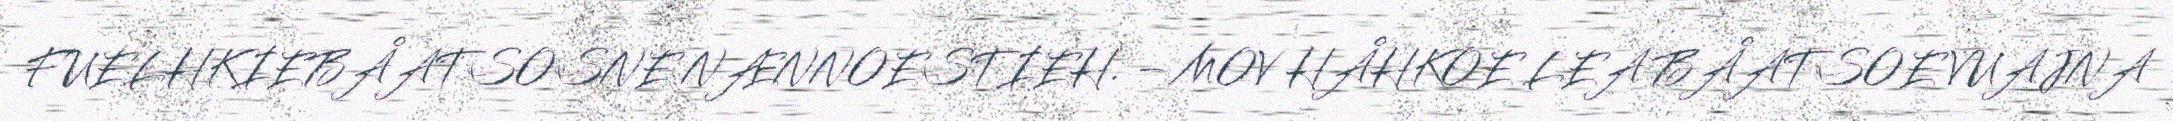
FUELHKIEBÅATSOSNE NÆNNOESTIEH. – MOV HÅHKOE LEA BÅATSOE VUAJNA